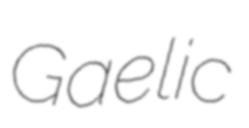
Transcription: Gaelic